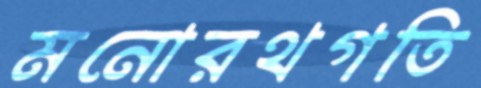
মনোরথগতি